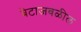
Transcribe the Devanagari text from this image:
बेटाजवळील